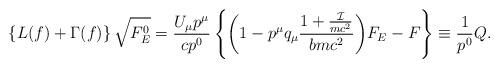
LaTeX: \begin{align*}\left\{ L(f)+\Gamma(f) \right\}\sqrt{F_E^0}&=\frac{U_\mu p^\mu}{c p^0}\left\{\biggl(1-p^\mu q_\mu \frac{1+\frac{\mathcal{I}}{mc^2}}{bmc^2}\biggl)F_E-F\right\}\equiv \frac{1}{p^0}Q.\end{align*}